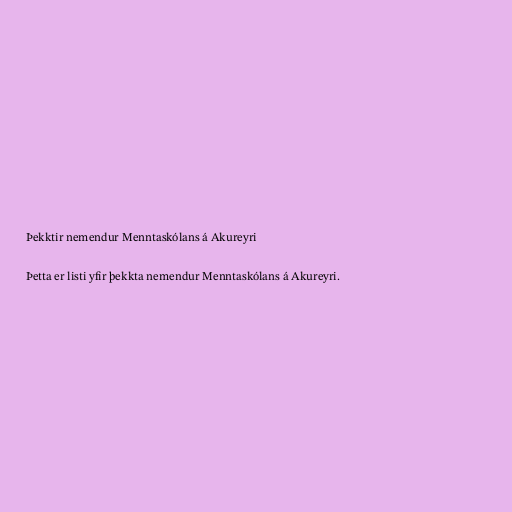
Þekktir nemendur Menntaskólans á Akureyri

Þetta er listi yfir þekkta nemendur Menntaskólans á Akureyri.